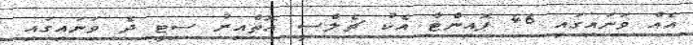
އެއް ވަނައިގައި 46 ޕޮއިންޓާ އެކު ޗެލްސީ އޮތްއިރު ސިޓީ ދެ ވަނައިގައި